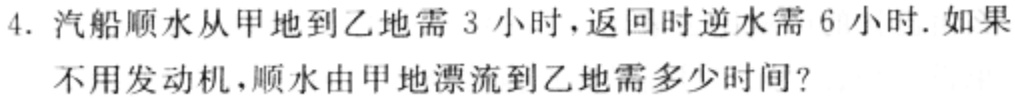
4. 汽船顺水从甲地到乙地需 3 小时，返回时逆水需 6 小时. 如果不用发动机，顺水由甲地漂流到乙地需多少时间？